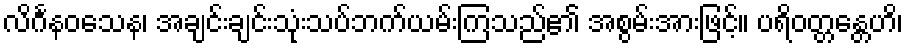
လိင်္ဂနဝသေန၊ အချင်းချင်းသုံးသပ်ဘက်ယမ်းကြသည်၏ အစွမ်းအားဖြင့်။ ပရိဝတ္တန္တေဟိ၊